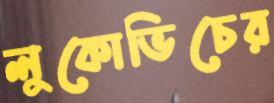
লুকোভিচের